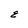
Character: E